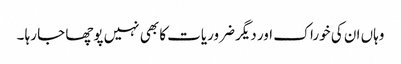
وہاں ان کی خوراک اور دیگر ضروریات کا بھی نہیں پوچھا جا رہا ۔